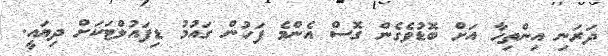
ދަރަނި އިންތިހާ އަށް ބޮޑުވެގެން ގޮސް އެންމެ ފަހުން ގައުމު ޑިފައުލްޓަކަށް ދިޔައީ.